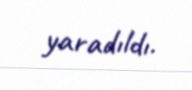
yaradıldı.